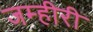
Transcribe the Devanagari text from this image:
जम्हीरी